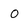
Character: o